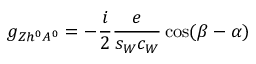
g _ { Z h ^ { 0 } A ^ { 0 } } = - \frac { i } { 2 } \frac { e } { s _ { W } c _ { W } } \cos ( \beta - \alpha )